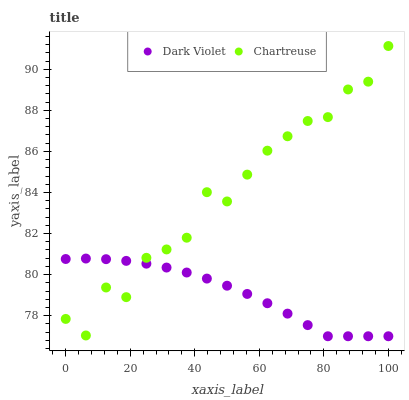
| xaxis_label | Dark Violet | Chartreuse |
 | --- | --- | --- |
 | 0 | 80.8 | 77.8 |
 | 6.25 | 80.8 | 77 |
 | 12.5 | 80.8 | 79.4 |
 | 18.8 | 80.7 | 78.9 |
 | 25 | 80.5 | 80.8 |
 | 31.2 | 80.3 | 81.2 |
 | 37.5 | 80.1 | 81.8 |
 | 43.8 | 79.8 | 84 |
 | 50 | 79.5 | 83.6 |
 | 56.2 | 79.1 | 84.9 |
 | 62.5 | 78.6 | 86 |
 | 68.8 | 78.1 | 86.7 |
 | 75 | 77.5 | 87.5 |
 | 81.2 | 77 | 87.7 |
 | 87.5 | 77 | 89 |
 | 93.8 | 77 | 89.4 |
 | 100 | 77 | 91.1 |